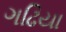
ગઢિયા